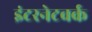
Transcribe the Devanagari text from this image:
इंटरनेटवर्क